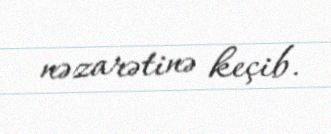
nəzarətinə keçib.